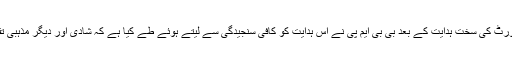
حال ہی میں شہر کوفلیکس اور بینروں سے پاک کرنے کے متعلق ہائی کورٹ کی سخت ہدایت کے بعد بی بی ایم پی نے اس ہدایت کو کافی سنجیدگی سے لیتے ہوئے طے کیا ہے کہ شادی اور دیگر مذہبی تقریبات وغیرہ کے لئے بھی فلیکس اور بینر استعمال نہیں کئے جائیں گے۔